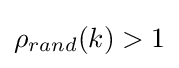
\rho _{rand}(k)>1